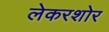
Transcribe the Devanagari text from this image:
लेकरशोर